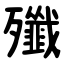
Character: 殲